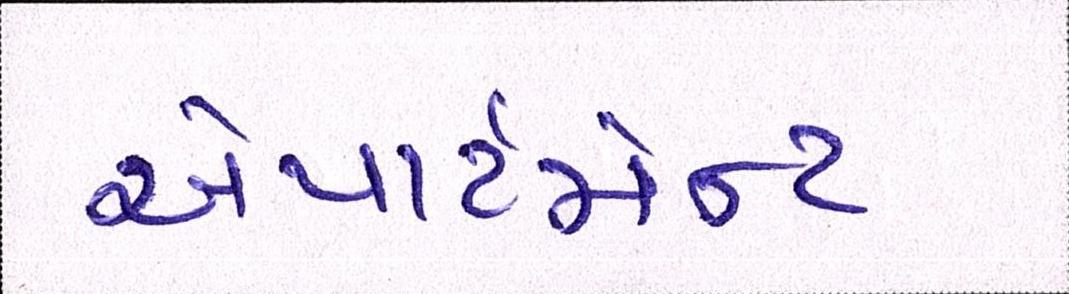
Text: એપાર્ટમેન્ટ